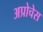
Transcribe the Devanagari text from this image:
अप्रोचेस